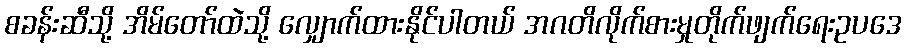
စခန်းဆီသို့ အိမ်တော်ထဲသို့ လျှောက်ထားနိုင်ပါတယ် အဂတိလိုက်စားမှုတိုက်ဖျက်ရေးဥပဒေ